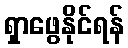
ရှာဖွေနိုင်ရန်